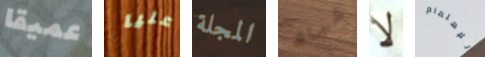
عميقا عليا المجلة شباك لا للإهتمام